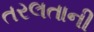
તરલતાની